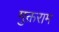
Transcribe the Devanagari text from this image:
मुक्तराम